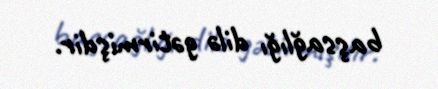
başsağlığı dilə gətirmişdir.